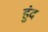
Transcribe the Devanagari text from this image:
हुंद